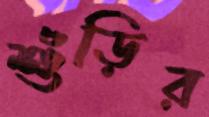
শুঁড়ির